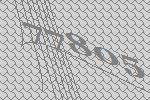
77805